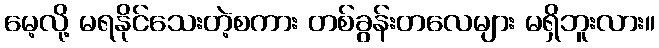
မေ့လို့ မရနိုင်သေးတဲ့စကား တစ်ခွန်းတလေများ မရှိဘူးလား။